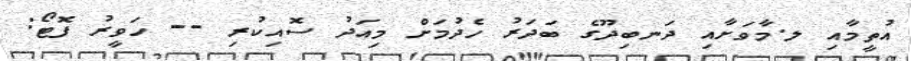
އުތީމާއި ލ.މާވަށާއި ދަނބިދޫގެ ބަދަރު ހެދުމަށް މިއަދު ސޮއިކުރި -- ހަވީރު ފޮޓޯ: